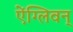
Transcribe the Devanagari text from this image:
ऐंग्लिवन्